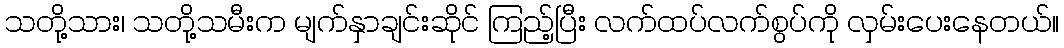
သတို့သား၊ သတို့သမီးက မျက်နှာချင်းဆိုင် ကြည့်ပြီး လက်ထပ်လက်စွပ်ကို လှမ်းပေးနေတယ်။